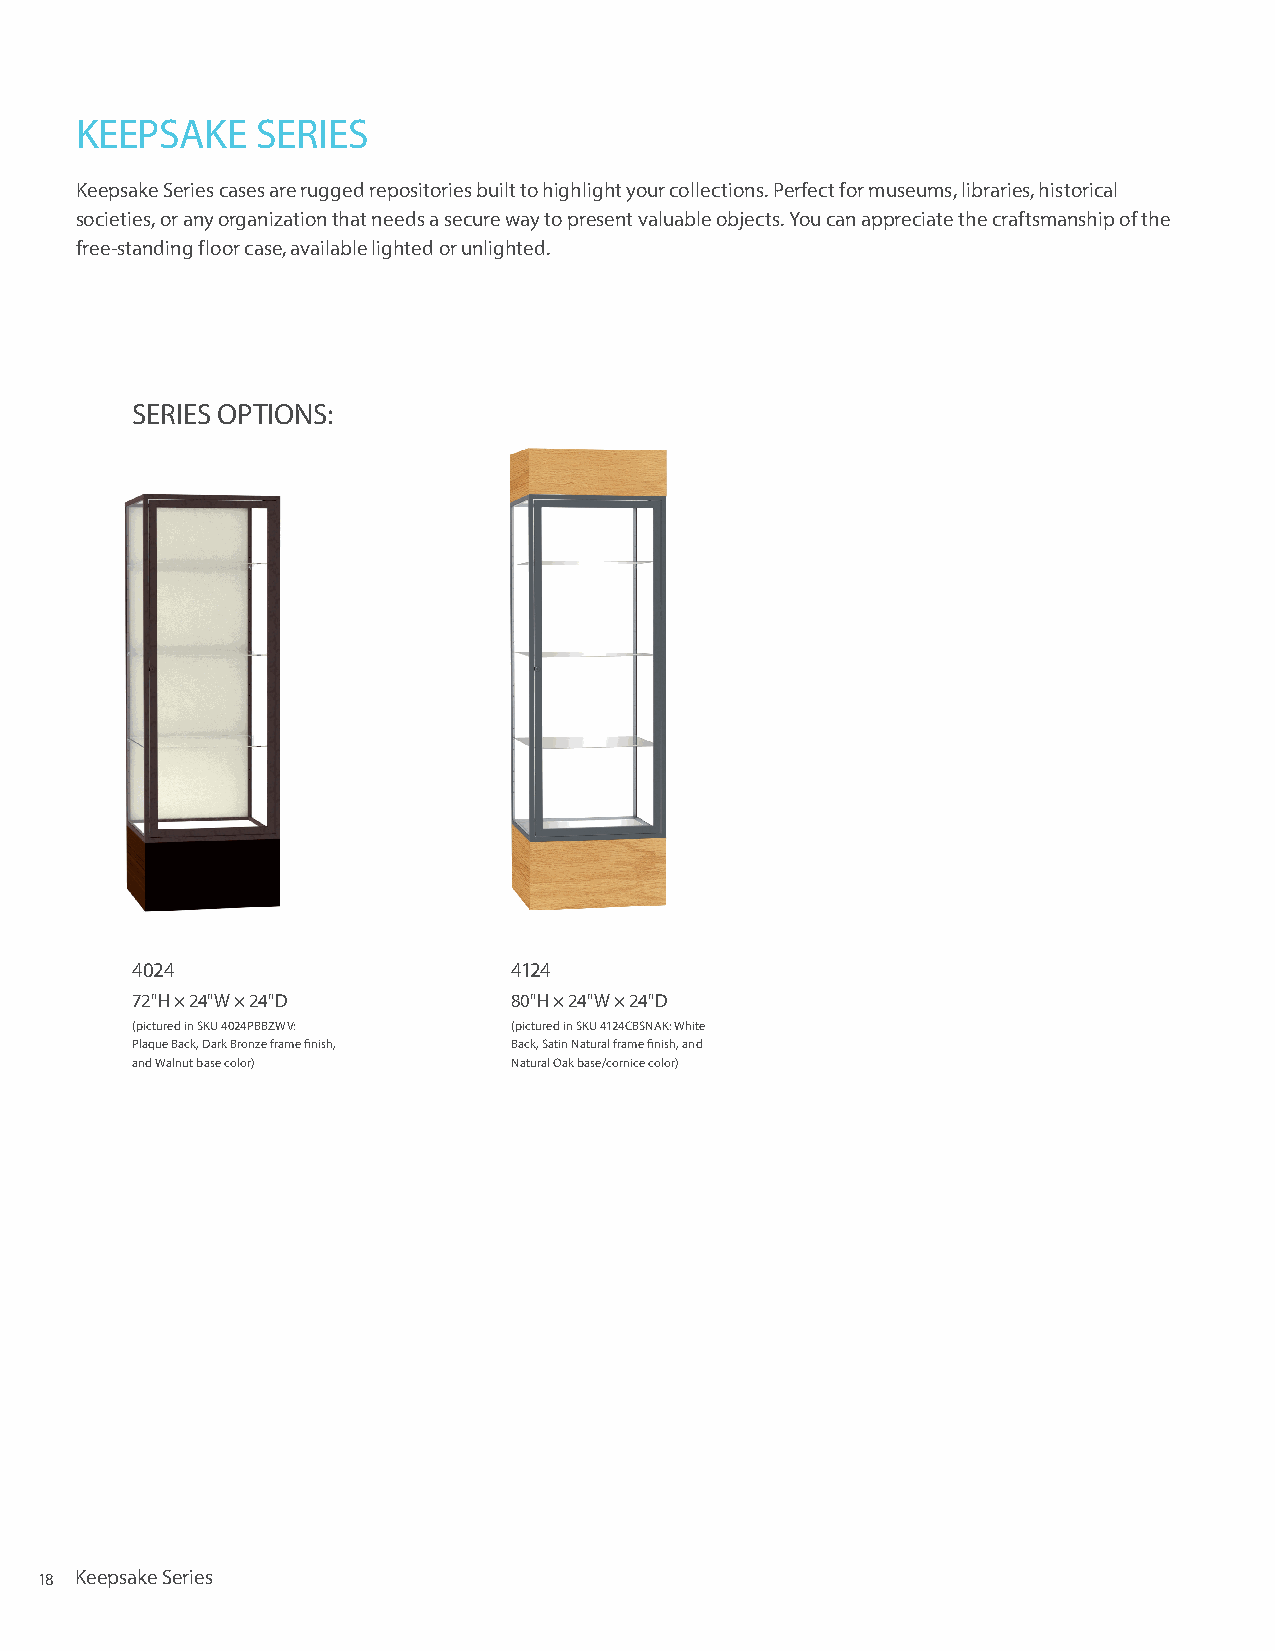
KEEPSAKE    SERIES
 Keepsake Series cases are rugged repositories built to highlight your collections. Perfect for museums, libraries, historical
 societies, or any organization that needs a secure way to present valuable objects. You can appreciate the craftsmanship of the
 free-standing floor case, available lighted or unlighted.
 SERIES OPTIONS:
 4024                     4124
 72"H × 24"W × 24"D       80"H × 24"W × 24"D
 (pictured in SKU 4024PBBZWV: (pictured in SKU 4124CBSNAK: White
 Plaque Back, Dark Bronze frame finish, Back, Satin Natural frame finish, and
 and Walnut base color)   Natural Oak base/cornice color)
 18 Keepsake Series